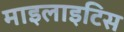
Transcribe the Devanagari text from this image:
माइलाइटिस